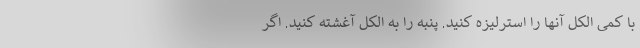
با کمی الکل آنها را استرلیزه کنید. پنبه را به الکل آغشته کنید. اگر